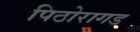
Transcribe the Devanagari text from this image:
पिठोरागड